Lunatic asylums Punjab 1895-1910 - 1895-1910
Year: 1895
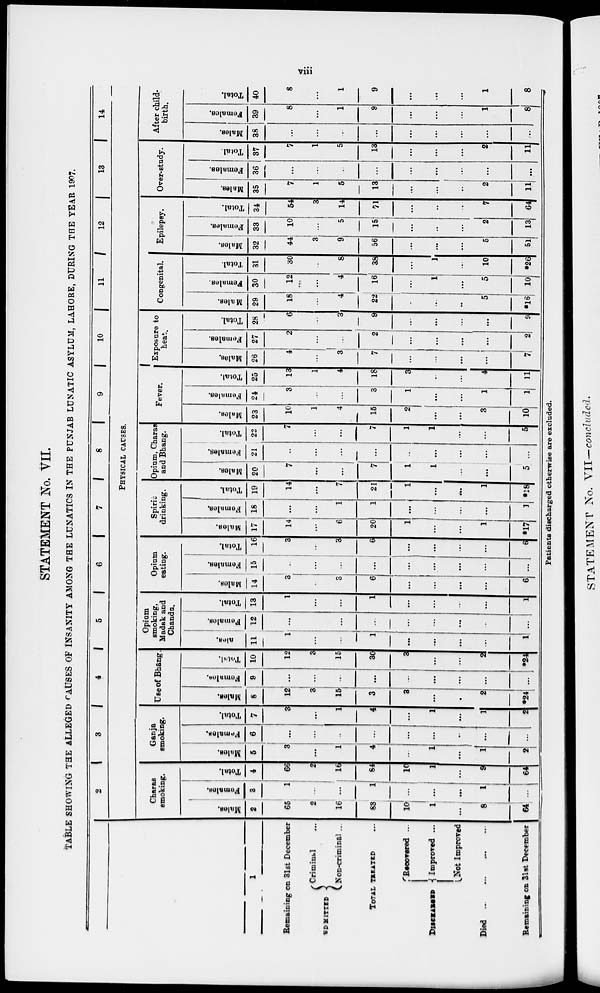
viii
STATEMENT No. VII.
TABLE SHOWING THE ALLEGED CAUSES OF INSANITY AMONG THE LUNATICS IN THE PUNJAB LUNATIC ASYLUM, LAHORE, DURING THE YEAR 1907.
1
Remaining on 31st December
ADMITTED
Criminal ...
Non-criminal ...
TOTAL TREATED
DISCHARGED
Recovered
...
Improved ...
Not Improved
Died ... ... ... ...
Remaining on 31st December
2
3
4
5
6
7
8
9
10
11
12
13
14
PHYSICAL CAUSES.
Charas
smoking.
Males.
2
65
2
16
83
10
1
...
8
64
Females.
3
1
...
...
1
...
...
...
1
...
Total.
4
66
2
16
84
10
1
...
9
64
Ganja
smoking.
Males.
5
3
...
1
4
...
1
...
1
2
Females.
6
...
...
...
...
...
...
...
...
...
Total.
7
3
...
1
4
...
1
...
1
2
Use of Bhang.
Males.
8
12
3
15
3
3
...
...
2
*24
Females.
9
...
...
...
...
...
...
...
...
...
Total.
10
12
3
15
3
3
...
...
2
*24
Opium
smoking,
Madak and
Chandu.
Males.
11
1
...
...
1
...
...
...
...
1
Females.
12
...
...
...
...
...
...
...
...
...
Total.
13
1
...
...
1
...
...
...
...
1
Opium
eating.
Males.
14
3
3
6
...
...
...
...
6
Females.
15
...
...
...
...
...
...
...
...
...
Total.
16
3
...
3
6
...
...
...
...
6
Spirit
drinking.
Males.
17
14
...
6
20
1
...
...
1
*17
Females.
18
...
...
1
1
...
...
...
...
1
Total.
19
14
...
7
21
1
...
...
1
*18
Opium, Charas
and Bhang.
Males.
20
7
...
...
7
1
1
...
...
5
Females.
21
...
...
...
...
...
...
...
...
...
Total.
22
7
...
...
7
1
1
...
...
5
Fever.
Males.
23
10
1
4
15
2
...
...
3
10
Females.
24
3
...
...
3
1
...
...
1
1
Total.
25
13
1
4
18
3
...
...
4
11
Exposure to
heat.
Males.
26
4
...
3
7
...
...
7
Females.
27
2
...
...
2
...
...
...
...
2
Total.
28
6
...
3
9
...
...
...
9
Congenital.
Males.
29
18
...
4
22
...
...
...
5
*16
Females.
30
12
...
4
16
...
1
...
5
10
Total.
31
30
...
8
38
...
1
...
10
*26
Epilepsy.
Males.
32
44
3
9
56
...
...
...
5
51
Females.
33
10
...
5
15
...
...
...
2
13
Total.
34
54
3
14
71
...
...
...
7
64
Over-study.
Males.
35
7
1
5
13
...
...
...
2
11
Females.
36
...
...
...
...
...
...
...
...
...
Total.
37
7
1
5
13
...
...
...
2
11
After child-
birth.
Males.
38
...
...
...
...
...
...
...
...
...
Females.
39
8
...
1
9
...
...
...
1
8
Total.
40
8
...
1
9
...
...
...
1
8
Patients discharged otherwise are excluded.